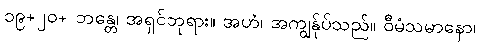
၁၉+၂၀+ ဘန္တေ၊ အရှင်ဘုရား။ အဟံ၊ အကျွန်ုပ်သည်။ ဝီမံသမာနော၊